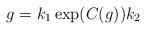
LaTeX: \begin{align*}g = k_1 \exp(C(g)) k_2 \quad\end{align*}